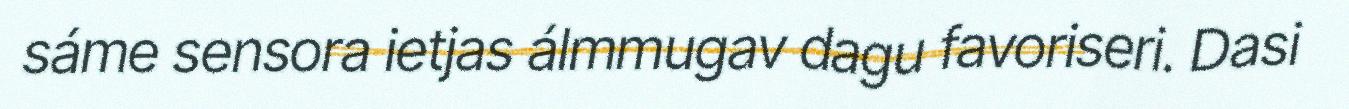
sáme sensora ietjas álmmugav dagu favoriseri. Dasi